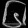
Digit: ၆